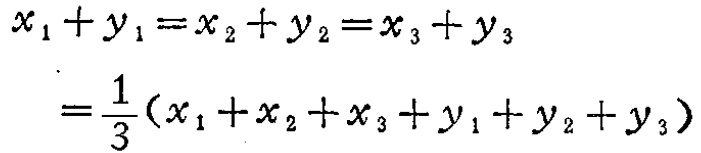
\[

\begin{align*}

x_{1}+y_{1}&=x_{2}+y_{2}=x_{3}+y_{3}\\

&=\frac{1}{3}(x_{1}+x_{2}+x_{3}+y_{1}+y_{2}+y_{3})

\end{align*}

\]